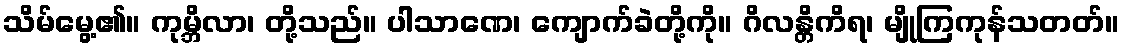
သိမ်မွေ့၏။ ကုမ္ဘိလာ၊ တို့သည်။ ပါသာဏေ၊ ကျောက်ခဲတို့ကို။ ဂိလန္တိကိရ၊ မျိုကြကုန်သတတ်။